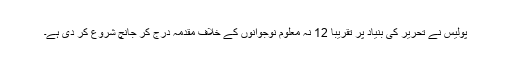
پولیس نے تحریر کی بنیاد پر تقریباً 12 نہ معلوم نوجوانوں کے خلاف مقدمہ درج کر جانچ شروع کر دی ہے۔